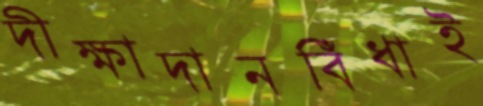
দীক্ষাদানবিঁধাই